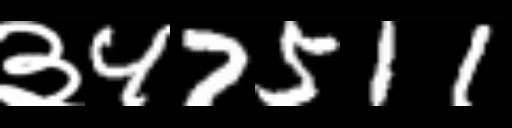
Text: ३47511